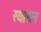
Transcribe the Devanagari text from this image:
रयासन